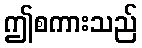
ဤစကားသည်